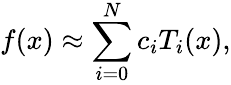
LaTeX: f(x)\approx\sum_{i=0}^{N}c_{i}T_{i}(x),